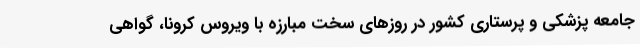
جامعه پزشکی و پرستاری کشور در روزهای سخت مبارزه با ویروس کرونا، گواهی